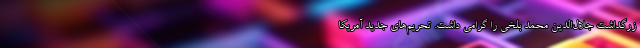
زرگداشت جلال‌الدین محمد بلخی را گرامی داشت. تحریم‌های جدید آمریکا